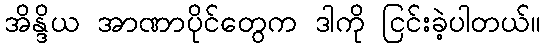
အိန္ဒိယ အာဏာပိုင်တွေက ဒါကို ငြင်းခဲ့ပါတယ်။